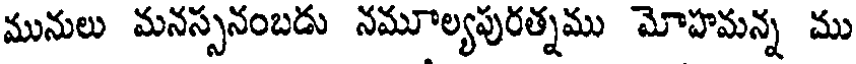
మునులు మనస్సనంబడు నమూల్యపురత్నము మోహమన్న ము